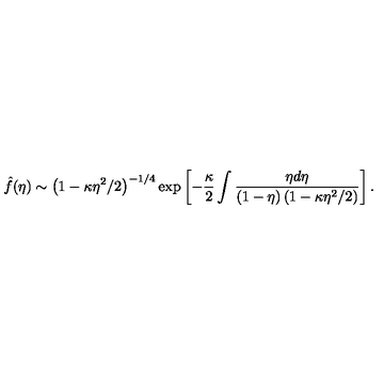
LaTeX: \hat { f } ( \eta ) \sim \left( 1 - \kappa \eta ^ { 2 } / 2 \right) ^ { - 1 / 4 } \exp \left[ - \frac { \kappa } 2 \int \frac { \eta d \eta } { ( 1 - \eta ) \left( 1 - \kappa \eta ^ { 2 } / 2 \right) } \right] .